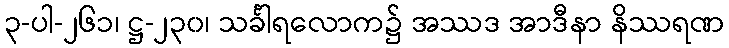
၃-ပါ-၂၆၁၊ ဋ္ဌ-၂၃၀၊ သင်္ခါရလောက၌ အဿဒ အာဒီနာ နိဿရဏ